Indian journal of veterinary science and animal husbandry - Volume 3,
Year: 1933
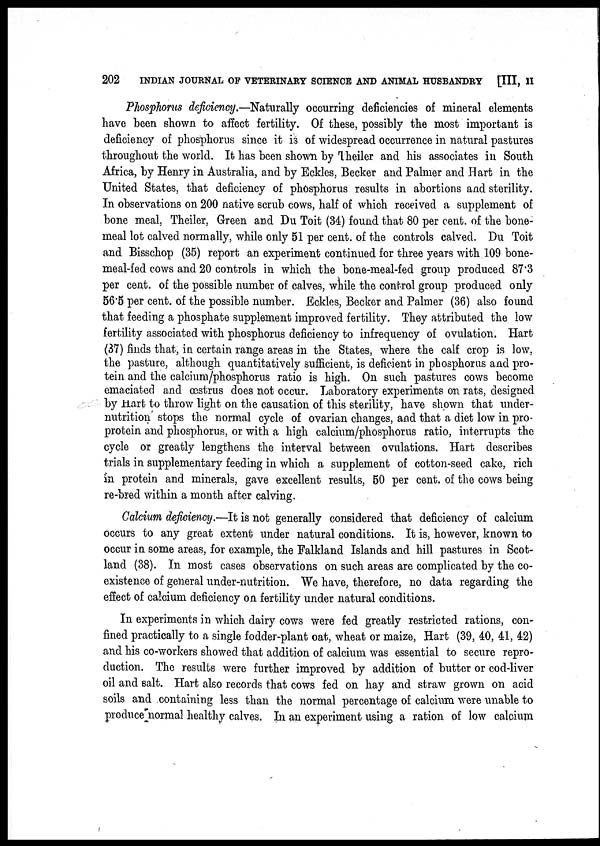
202
INDIAN JOURNAL OF VETERINARY SCIENCE AND ANIMAL HUSBANDRY [III, II
Phosphorus deficiency.—Naturally occurring deficiencies of mineral elements
have been shown to affect fertility. Of these, possibly the most important is
deficiency of phosphorus since it is of widespread occurrence in natural pastures
throughout the world. It has been shown by Theiler and his associates in South
Africa, by Henry in Australia, and by Eckles, Becker and Palmer and Hart in the
United States, that deficiency of phosphorus results in abortions and sterility.
In observations on 200 native scrub cows, half of which received a supplement of
bone meal, Theiler, Green and Du Toit (34) found that 80 per cent. of the bone-
meal lot calved normally, while only 51 per cent. of the controls calved. Du Toit
and Bisschop (35) report an experiment continued for three years with 109 bone-
meal-fed cows and 20 controls in which the bone-meal-fed group produced 87.3
per cent. of the possible number of calves, while the control group produced only
56.5 per cent. of the possible number. Eckles, Becker and Palmer (36) also found
that feeding a phosphate supplement improved fertility. They attributed the low
fertility associated with phosphorus deficiency to infrequency of ovulation. Hart
(37) finds that, in certain range areas in the States, where the calf crop is low,
the pasture, although quantitatively sufficient, is deficient in phosphorus and pro-
tein and the calcium/phosphorus ratio is high. On such pastures cows become
emaciated and œstrus does not occur. Laboratory experiments on rats, designed
by Hart to throw light on the causation of this sterility, have shown that under-
nutrition stops the normal cycle of ovarian changes, and that a diet low in pro-
protein and phosphorus, or with a high calcium/phosphorus ratio, interrupts the
cycle or greatly lengthens the interval between ovulations. Hart describes
trials in supplementary feeding in which a supplement of cotton-seed cake, rich
in protein and minerals, gave excellent results, 50 per cent. of the cows being
re-bred within a month after calving.
Calcium deficiency.—It is not generally considered that deficiency of calcium
occurs to any great extent under natural conditions. It is, however, known to
occur in some areas, for example, the Falkland Islands and hill pastures in Scot-
land (38). In most cases observations on such areas are complicated by the co-
existence of general under-nutrition. We have, therefore, no data regarding the
effect of calcium deficiency on fertility under natural conditions.
In experiments in which dairy cows were fed greatly restricted rations, con-
fined practically to a single fodder-plant oat, wheat or maize, Hart (39, 40, 41, 42)
and his co-workers showed that addition of calcium was essential to secure repro-
duction. The results were further improved by addition of butter or cod-liver
oil and salt. Hart also records that cows fed on hay and straw grown on acid
soils and containing less than the normal percentage of calcium were unable to
produce normal healthy calves. In an experiment using a ration of low calcium